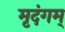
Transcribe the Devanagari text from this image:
मृदंगम्